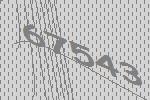
67543